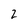
Character: 2